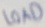
Text: LOAD